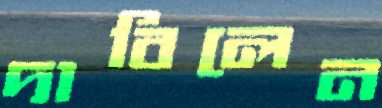
দাবিলেন